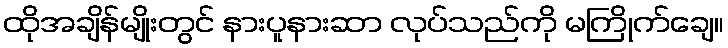
ထိုအချိန်မျိုးတွင် နားပူနားဆာ လုပ်သည်ကို မကြိုက်ချေ။